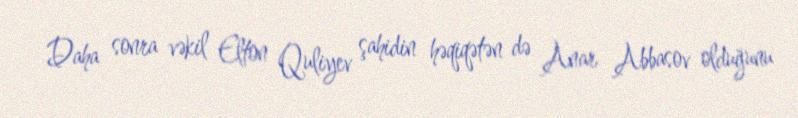
Daha sonra vəkil Elton Quliyev şahidin həqiqətən də Anar Abbasov olduğunu